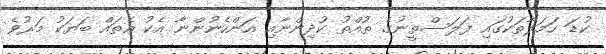
ކުޑަ ހަމަލާތަކުގައި ފަލަސްތީނުގެ ތުއްތު ކުދިންނާއި އަންހެނުންނާ އެކު އެތައް ބަޔަކު މަރުވެ